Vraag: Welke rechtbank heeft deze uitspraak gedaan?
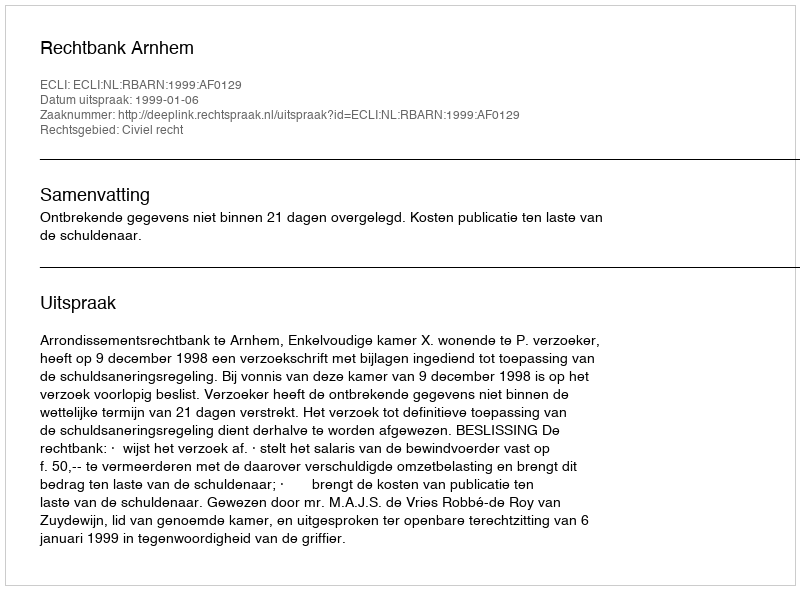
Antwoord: Rechtbank Arnhem